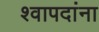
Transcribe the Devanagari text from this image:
श्वापदांना